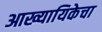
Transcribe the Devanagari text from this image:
आख्यायिकेचा